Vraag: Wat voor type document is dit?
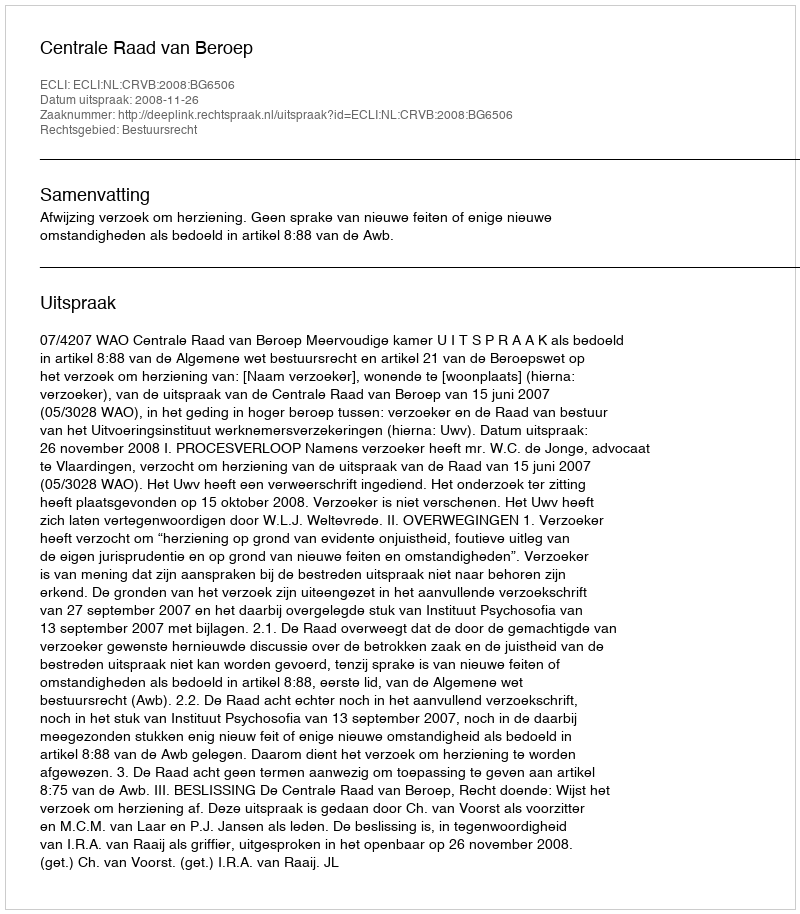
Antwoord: Uitspraak